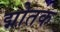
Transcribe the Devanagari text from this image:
द्मोतक